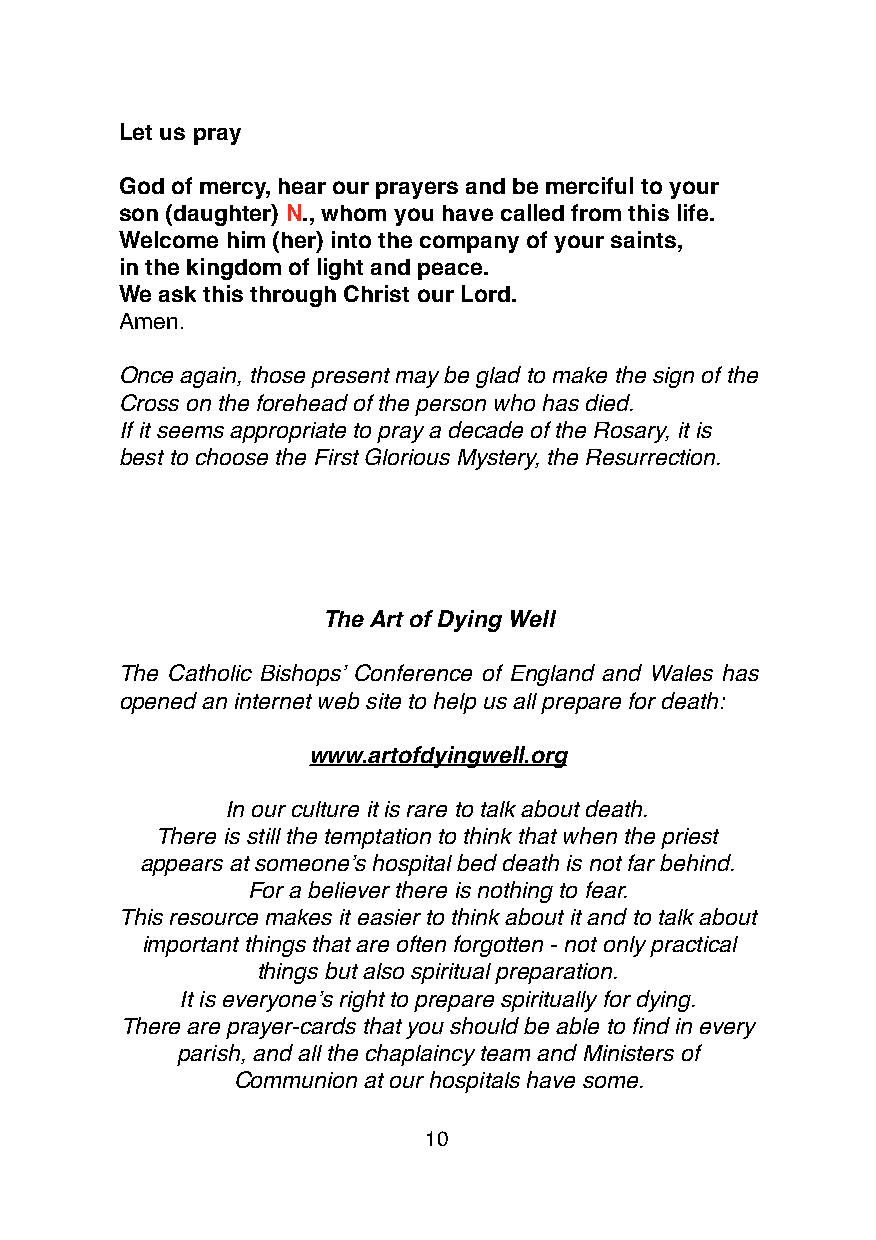
Let us pray
 God of mercy, hear our prayers and be merciful to your
 son (daughter) N., whom you have called from this life.
 Welcome him (her) into the company of your saints,
 in the kingdom of light and peace.
 We ask this through Christ our Lord.
 Amen.
 Once again, those present may be glad to make the sign of the
 Cross on the forehead of the person who has died.
 If it seems appropriate to pray a decade of the Rosary, it is
 best to choose the First Glorious Mystery, the Resurrection.
 The Art of Dying Well
 The Catholic Bishops’ Conference of England and Wales has
 opened an internet web site to help us all prepare for death:
 www.artofdyingwell.org
 In our culture it is rare to talk about death.
 There is still the temptation to think that when the priest
 appears at someone’s hospital bed death is not far behind.
 For a believer there is nothing to fear.
 This resource makes it easier to think about it and to talk about
 important things that are often forgotten - not only practical
 things but also spiritual preparation.
 It is everyone’s right to prepare spiritually for dying.
 There are prayer-cards that you should be able to find in every
 parish, and all the chaplaincy team and Ministers of
 Communion at our hospitals have some.
 10